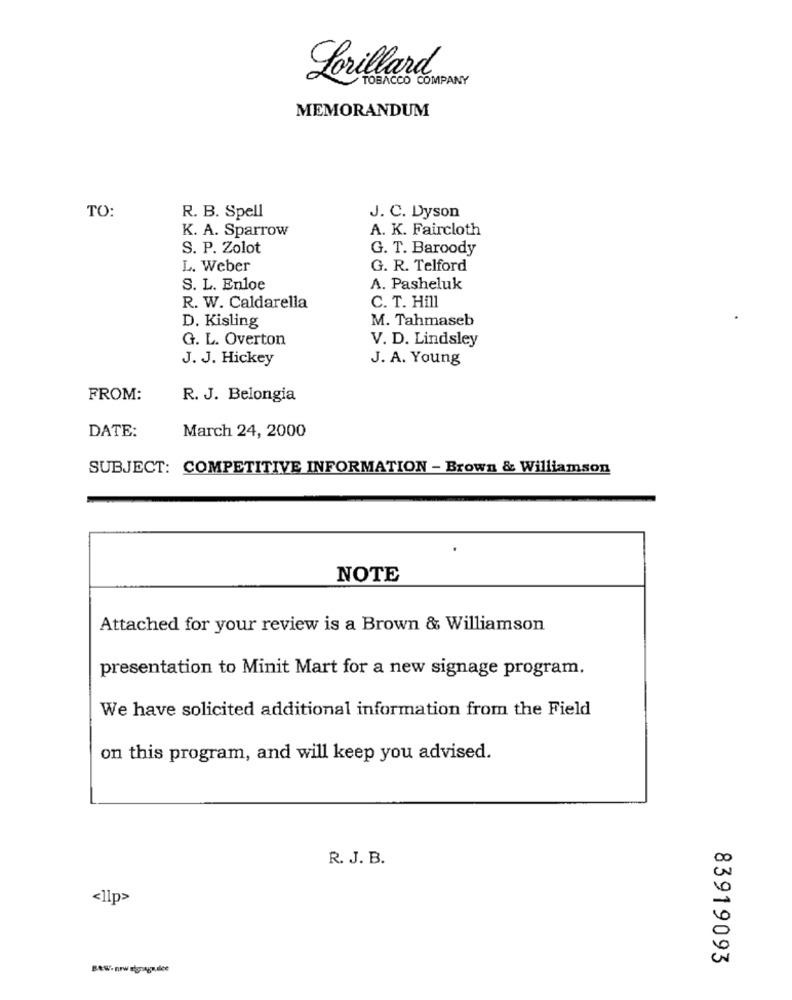
Lorillard
TOBACCO COMPANY
MEMORANDUM
TO:
R. B. Spell
J. C. Dyson
K. A. Sparrow
A. K. Faircloth
S. P. Zolot
G. T. Baroody
L. Weber
G. R. Telford
S. L. Enloe
A. Pasheluk
R. W. Caldarella
C. T. Hill
D. Kisling
M. Tahmaseb
G. L. Overton
V. D. Lindsley
J. J. Hickey
J. A. Young
FROM:
R. J. Belongia
DATE:
March 24, 2000
SUBJECT: COMPETITIVE INFORMATION - Brown & Williamson
NOTE
Attached for your review is a Brown & Williamson
presentation to Minit Mart for a new signage program.
We have solicited additional information from the Field
on this program, and will keep you advised.
R. J. B.
<1lp>
83919093